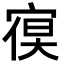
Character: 𭔁